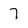
Character: 7